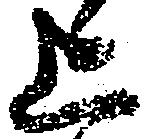
上